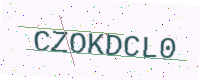
Text: CZOKDCL0